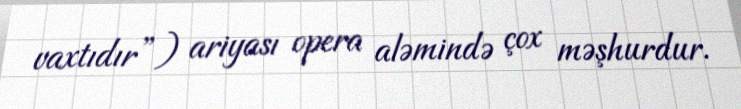
vaxtıdır”) ariyası opera aləmində çox məşhurdur.